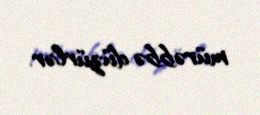
mürəbbə düzürlər.